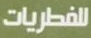
للفطريات